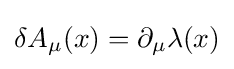
\delta A_{\mu }(x)=\partial _{\mu }\lambda (x)